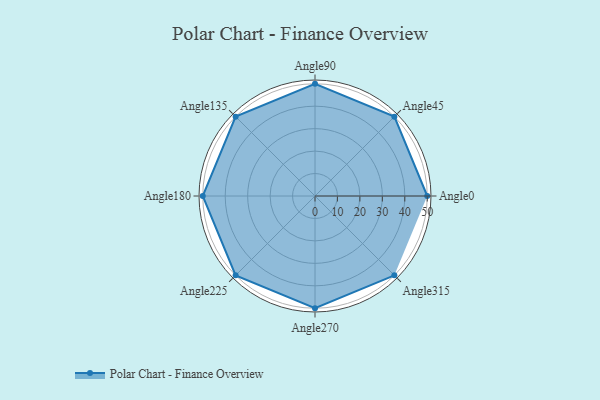
{"axis": {"x": "Angle", "y": "Radius"}, "legend": [""], "data": [{"x": "Angle0", "y": 50, "type": ""}, {"x": "Angle45", "y": 50, "type": ""}, {"x": "Angle90", "y": 50, "type": ""}, {"x": "Angle135", "y": 50, "type": ""}, {"x": "Angle180", "y": 50, "type": ""}, {"x": "Angle225", "y": 50, "type": ""}, {"x": "Angle270", "y": 50, "type": ""}, {"x": "Angle315", "y": 50, "type": ""}]}